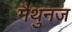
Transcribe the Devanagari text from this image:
मैथुनज